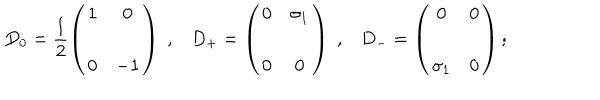
D _ { 0 } = \frac { 1 } { 2 } \left( \begin{array} { c c } { { 1 } } & { { 0 } } \\ { { 0 } } & { { - 1 } } \\ \end{array} \right) \; , D _ { + } = \left( \begin{array} { c c } { { 0 } } & { { \sigma _ { 1 } } } \\ { { 0 } } & { { 0 } } \\ \end{array} \right) \; , D _ { - } = \left( \begin{array} { c c } { { 0 } } & { { 0 } } \\ { { \sigma _ { 1 } } } & { { 0 } } \\ \end{array} \right) ;